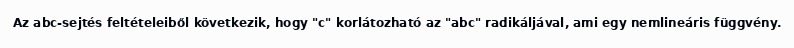
Az abc-sejtés feltételeiből következik, hogy "c" korlátozható az "abc" radikáljával, ami egy nemlineáris függvény.